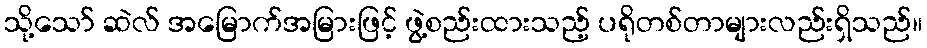
သို့သော် ဆဲလ် အမြောက်အမြားဖြင့် ဖွဲ့စည်းထားသည့် ပရိုတစ်တာများလည်းရှိသည်။